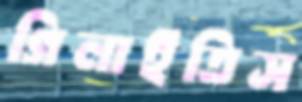
গিলাইতিস